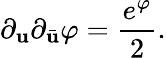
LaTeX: \partial_{\mathbf{u}}\partial_{\bar{{\mathbf{u}}}}\varphi={\frac{{e^{\varphi}}}{{2}}}.